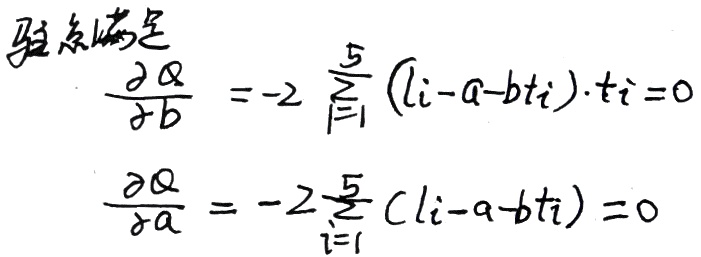
驻点满足
\[
\frac{\partial Q}{\partial b} = - 2\sum_{i = 1}^{5}(l_{i}-a - bt_{i})\cdot t_{i}=0
\]
\[
\frac{\partial Q}{\partial a}=-2\sum_{i = 1}^{5}(l_{i}-a - bt_{i}) = 0
\]